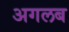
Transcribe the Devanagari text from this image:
अगलब